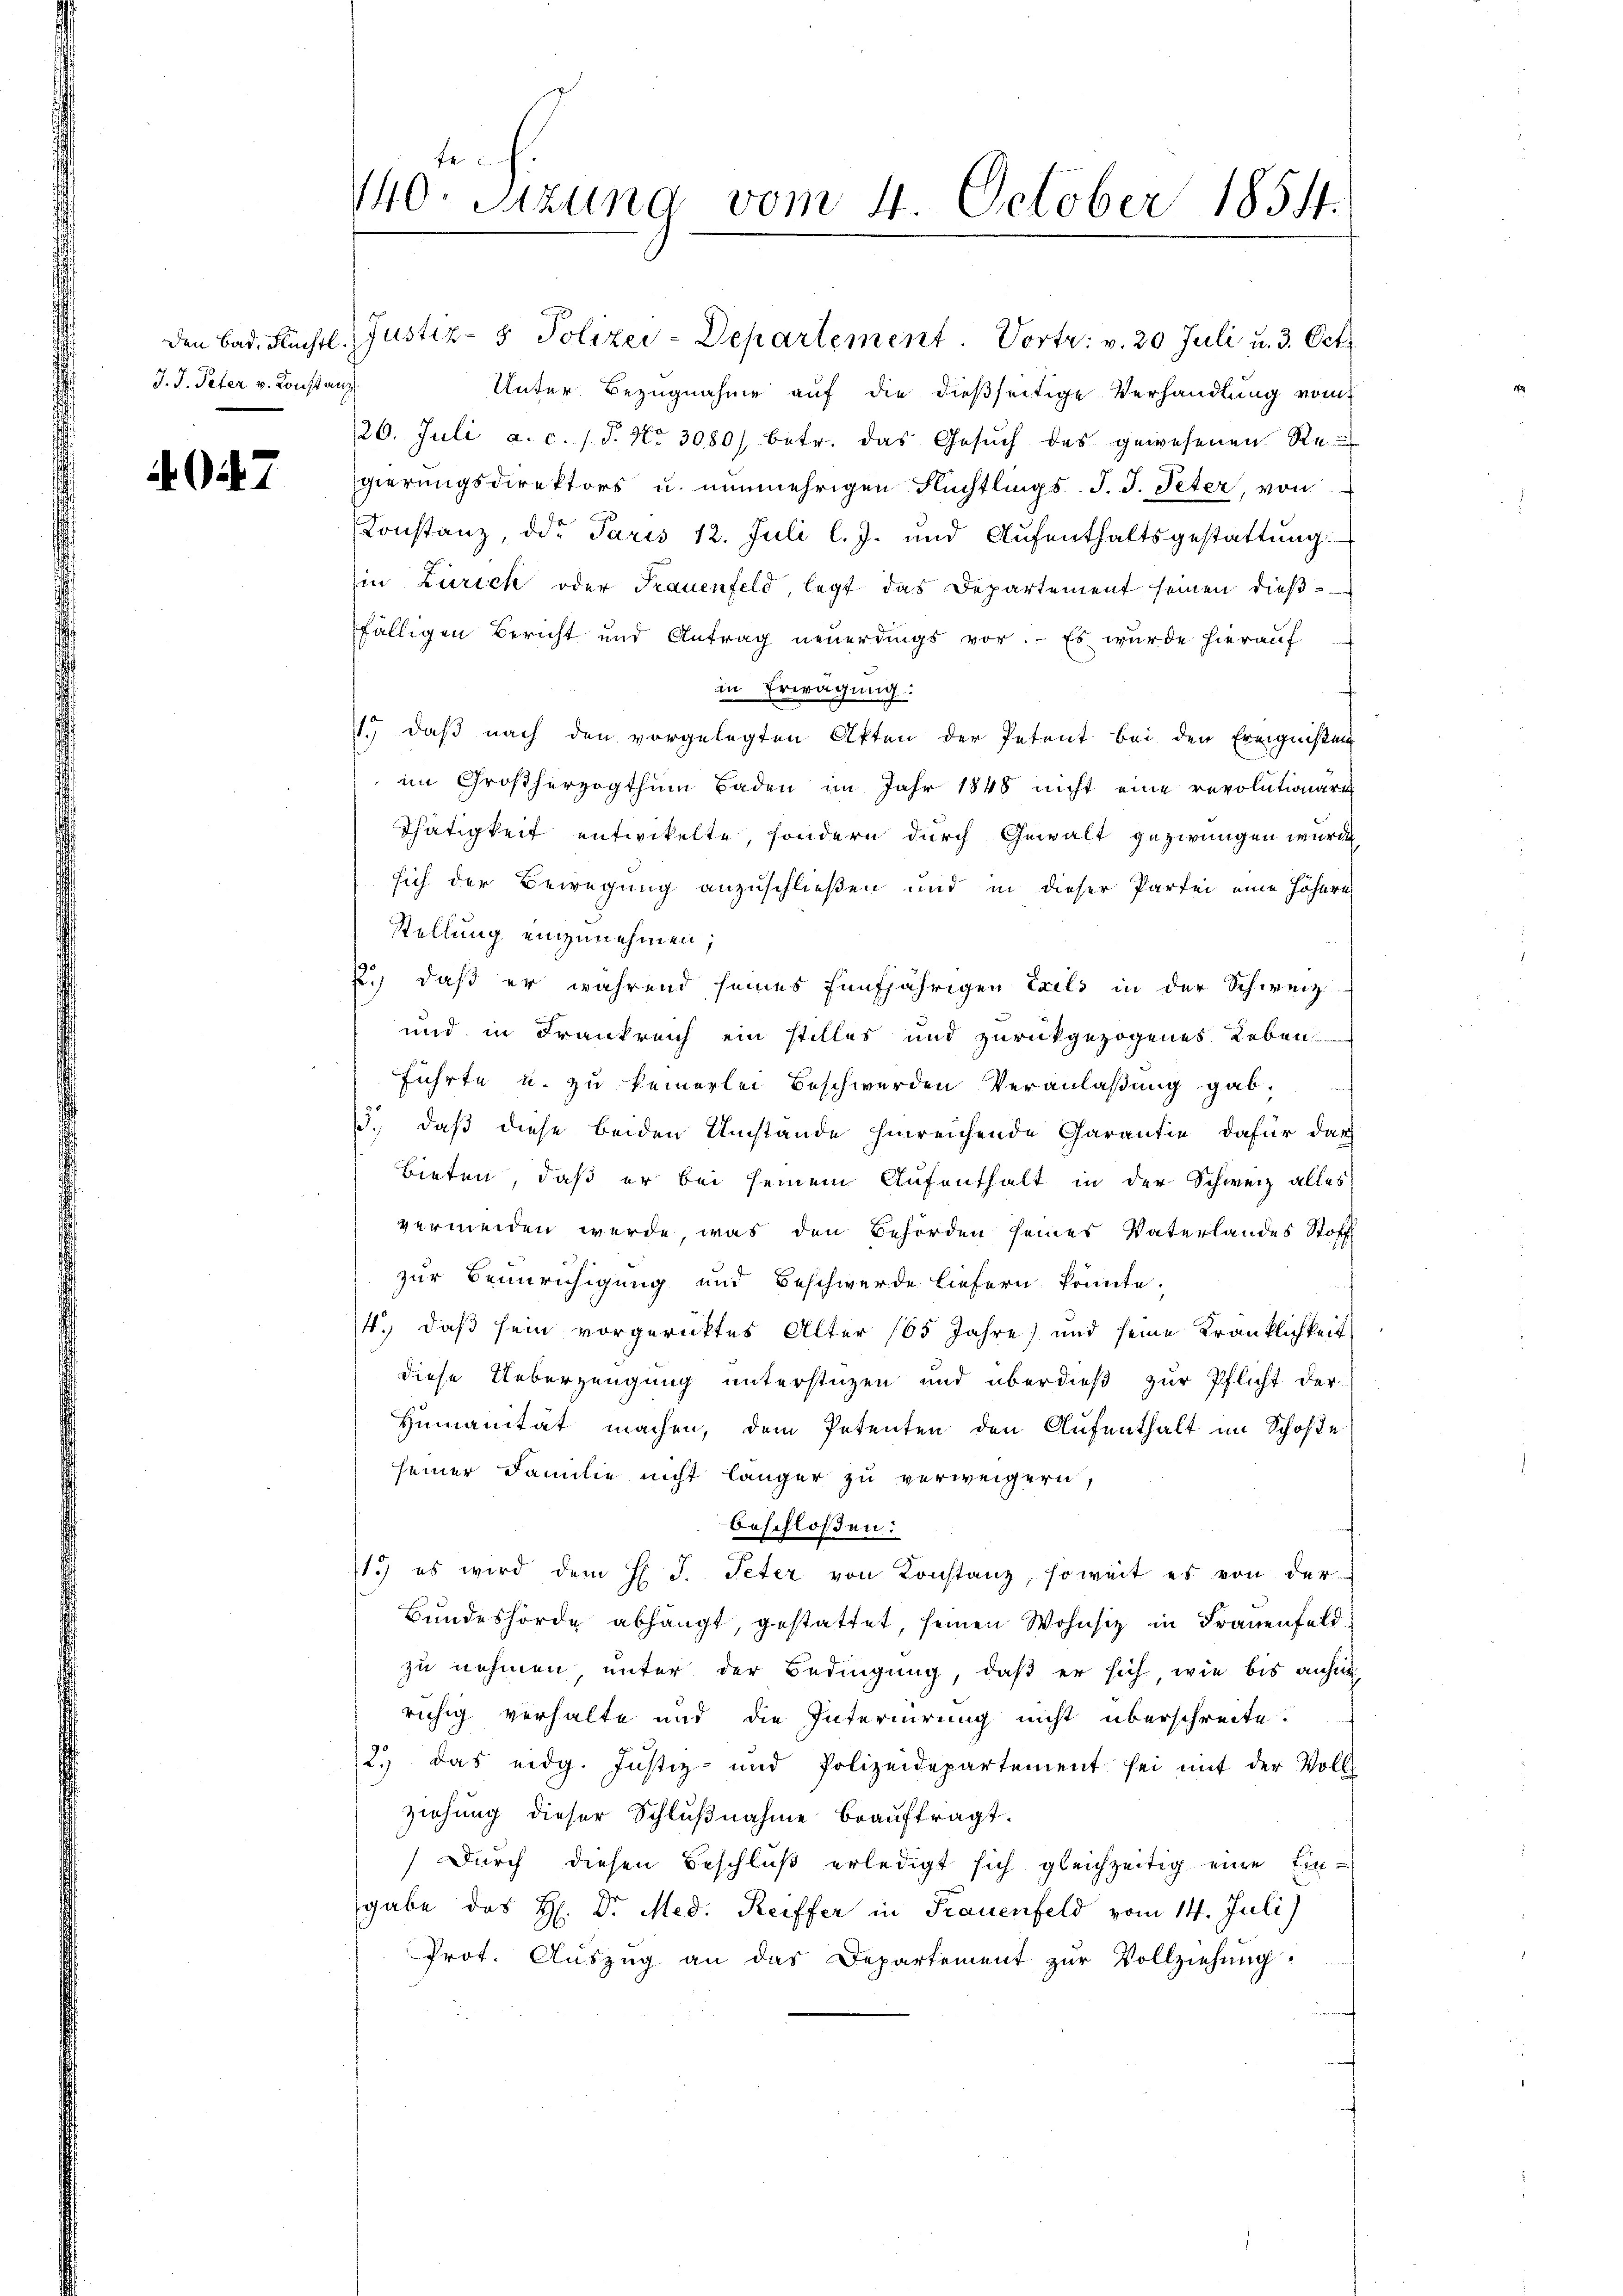
J. J. Peter v. Konstanz

47

fe
140. Sitzung vom 4. October 1854.

den Bad. Früchtl. Justiz- & Polizey-Departement. Vortr: v. 20 Juli u. 3. Oct
Unter Bezugnahme auf die dießseitige Verhandlung vom
20. Juli a. c. s. S. Nr. 3080) betr. das Gesŭch des gewesenen Re-
gierungsdirektors u. nunmehrigen Flüchtlings J. J. Peter, von
Constanz, der Paris 12. Juli l. J. und Aŭfenthaltsgestattŭng
Ein Zürich oder Frauenfeld, legt das Departement seinen dieβ-
fälligen Bericht und Antrag neuerdings vor. Es wurde hierauf
in Erwägung:
11. daß nach den vorgelegten Akten der Petent bei den Ereignißen
im Großherzogthum Baden im Jahr 1848 nicht eine revolutionäre
Thätigkeit entwickelte, sondern durch Gewalt gezwungen würde
sich der Bewegung anzuschließen und in dieser Partei eine höhern
Stellung einzunehmen;
2.) daß er während seines fünfjährigen Exils in der Schweiz
und in Frankreich ein stilles und zurückgezogenes Leben
führte u. zu keinerlei Beschwerden Veranlaßung gab,
13., daß diese beiden Umstände hinreichende Garantie dafür darf
bieten, daß er bei seinem Aufenthalt in der Schweiz alles
vermeiden werde, was den Behörden seines Vaterlandes Stoffl
zur Beunruhigung und Beschwerde liefern könnte.
4., daß sein vorgerücktes Alter 165 Jahre) und seine Kränklichkeit
diese Ueberzeugung unterstüzen und überdieß zur Pflicht der
Humanität machen, dem Petenten den Aufenthalt im Schoße
seiner Familie nicht länger zu verweigern,
beschloßen:
1.) es wird dem H. J. Peter von Konstanz, soweit es von der
Bundeshörde abhängt, gestattet, seinen Wohnsitz in Frauenfeld
zu nehmen unter der Bedingung, daß er sich, wie bis anhin
ruhig verhalte und die Internirung nicht überschreite.
2.) das eidg. Justiz- und Polizeidepartement sei mit der Voll
ziehung dieser Schlußnahme beauftragt.
Durch diesen Beschluß erledigt sich gleichzeitig eine Eingabe das H: Dr. Med. Reiffer in Frauenfeld vom 14. Juli)
Prot. Auszug an das Departement zur Vollziehung.